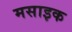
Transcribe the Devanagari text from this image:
मसाइक